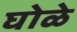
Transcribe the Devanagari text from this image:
घोळे